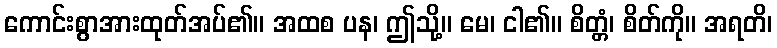
ကောင်းစွာအားထုတ်အပ်၏။ အထစ ပန၊ ဤသို့။ မေ၊ ငါ၏။ စိတ္တံ၊ စိတ်ကို။ အရတိ၊